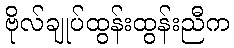
ဗိုလ်ချုပ်ထွန်းထွန်းညီက